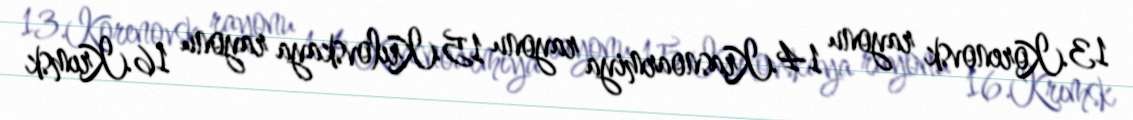
13.Korenovsk rayonu 14.Krasnoarmiya rayonu 15.Krılovskaya rayonu 16.Krımsk